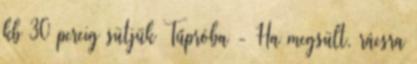
kb 30 percig sütjük Tűpróba - Ha megsült, rácsra